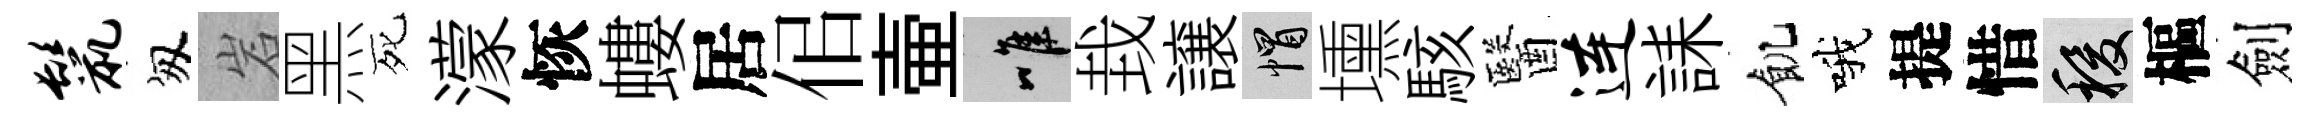
鬣匆岩黑死濛恢螻居佀壷唯㘽譲帽壎駭醫连誄飢哦提惜稷樞劍